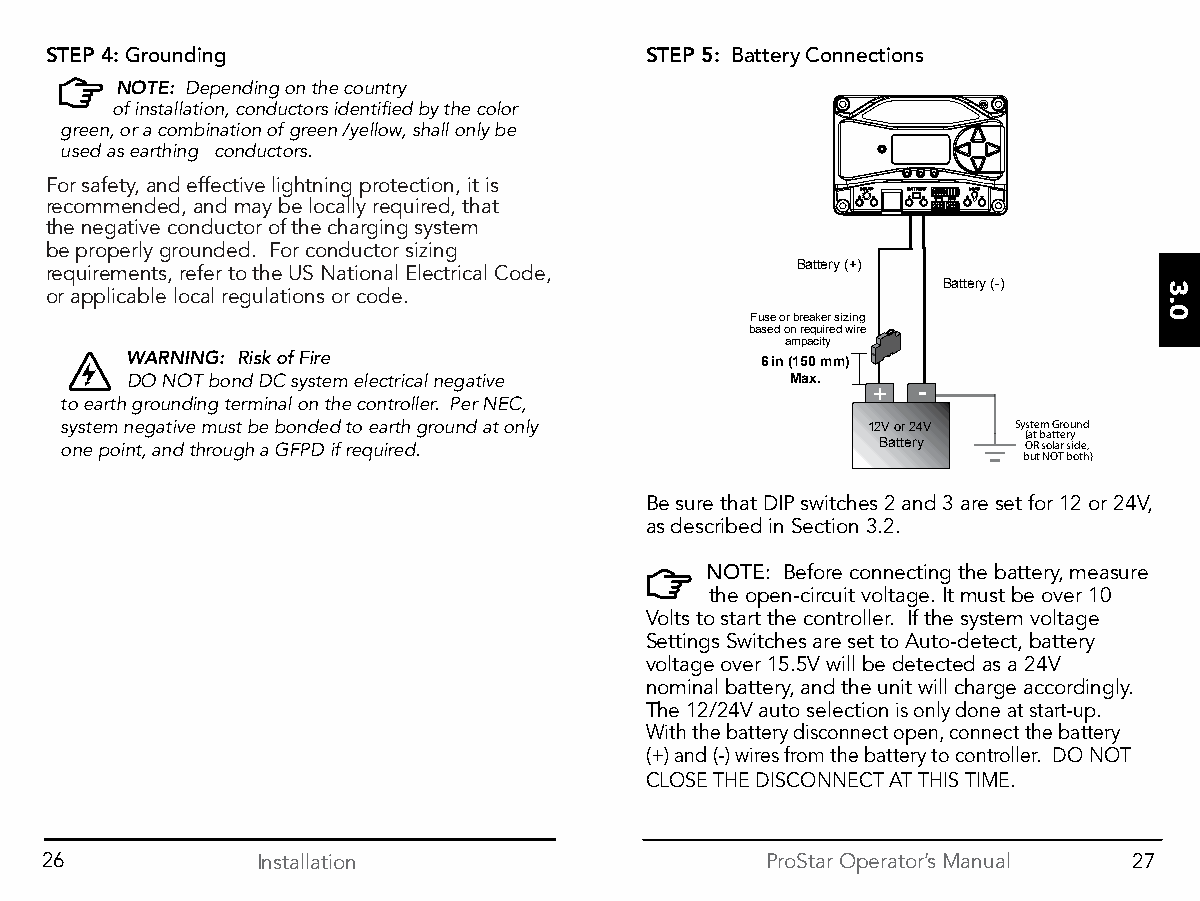
STEP 4: Grounding                       STEP 5: Battery Connections
 NOTE: Depending on the country
 of installation, conductors identified by the color
 green, or a combination of green /yellow, shall only be
 used as earthing conductors.
 For safety, and effective lightning protection, it is
 recommended, and may be locally required, that
 the negative conductor of the charging system
 be properly grounded. For conductor sizing
 requirements, refer to the US National Electrical Code, Battery (+)
 Battery (-)
 or applicable local regulations or code.
 Fuse or breaker sizing
 based on required wire
 ampacity
 WARNING: Risk of Fire
 6 in (150 mm)
 DO NOT bond DC system electrical negative   Max.  +  -
 to earth grounding terminal on the controller. Per NEC,
 system negative must be bonded to earth ground at only 12V or 24V System Ground
 (at battery
 one point, and through a GFPD if required.            Battery   OR solar side,
 but NOT both)
 Be sure that DIP switches 2 and 3 are set for 12 or 24V,
 as described in Section 3.2.
 NOTE: Before connecting the battery, measure
 the open-circuit voltage. It must be over 10
 Volts to start the controller. If the system voltage
 Settings Switches are set to Auto-detect, battery
 voltage over 15.5V will be detected as a 24V
 nominal battery, and the unit will charge accordingly.
 The 12/24V auto selection is only done at start-up.
 With the battery disconnect open, connect the battery
 (+) and (-) wires from the battery to controller. DO NOT
 CLOSE THE DISCONNECT AT THIS TIME.
 26            Installation                      ProStar Operator’s Manual 27
 3.0